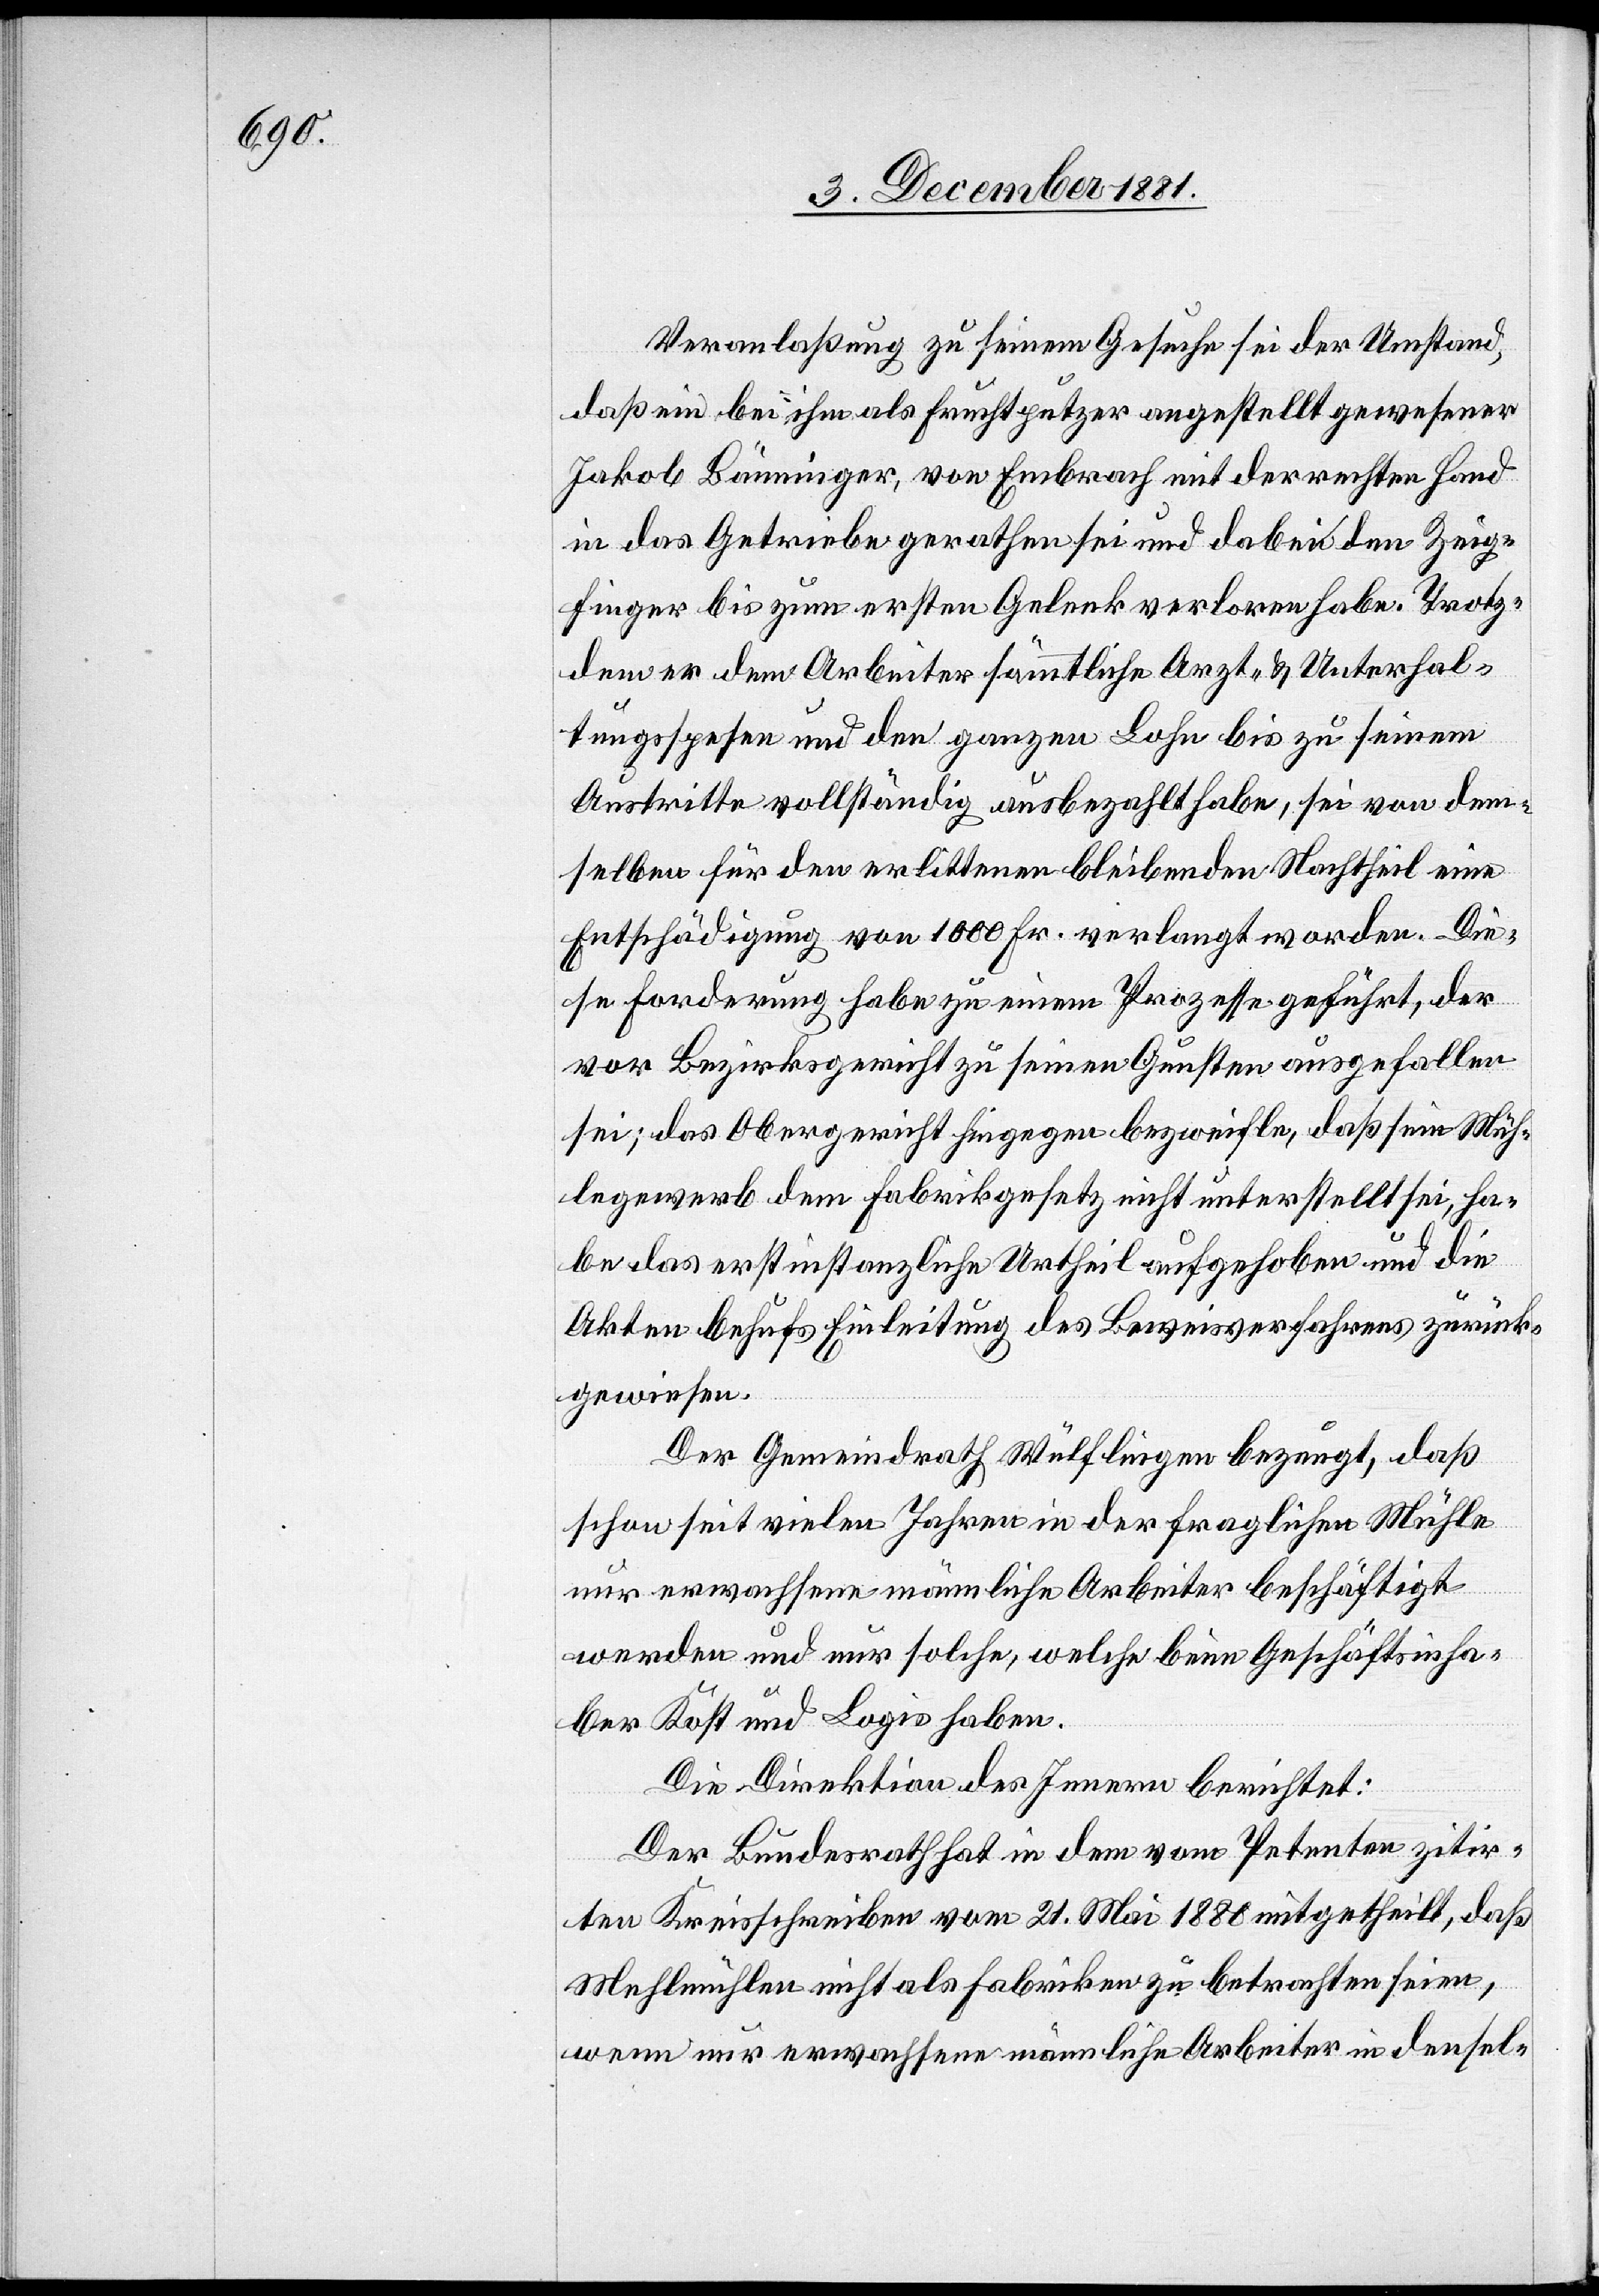
Veranlaßung zu seinem Gesuche sei der Umstand,
daß ein bei ihm als Fruchtputzer angestellt gewesener
Jakob Bänninger, von Embrach mit der rechten Hand
in das Getriebe gerathen sei und dabei den Zeig¬
finger bis zum ersten Gelenk verloren habe. Trotz¬
dem er dem Arbeiter sämmtliche Arzt- & Unterhal¬
tungsspesen und den ganzen Lohn bis zu seinem
Austritte vollständig ausbezahlt habe, sei von dem¬
selben für den erlittenen bleibenden Nachtheil eine
Entschädigung von 1000 Fr. verlangt worden. Die¬
se Forderung habe zu einem Prozesse geführt, der
vor Bezirksgericht zu seinen Gunsten ausgefallen
sei; das Obergericht hingegen bezweifle, daß sein Müh¬
legewerb dem Fabrikgesetz nicht unterstellt sei, ha¬
be das erstinstanzliche Urtheil aufgehoben und die
Akten behufs Einleitung des Beweisverfahrens zurück¬
gewiesen.
Der Gemeindrath Wülflingen bezeugt, daß
schon seit vielen Jahren in der fraglichen Mühle
nur erwachsene männliche Arbeiter beschäftigt
werden und nur solche, welche beim Geschäftsinha¬
ber Kost und Logis haben.
Die Direktion des Innern berichtet:
Der Bundesrath hat in dem vom Petenten zitir¬
ten Kreisschreiben vom 21. Mai 1880 mitgetheilt, daß
Mehlmühlen nicht als Fabriken zu betrachten seien,
wenn nur erwachsene männliche Arbeiter in densel-